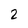
Character: 2